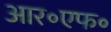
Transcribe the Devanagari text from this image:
आर॰एफ॰